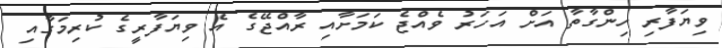
ވިޔަފާރި ހިންގާތާ އަށް އަހަރު ވެއްޖެ ކަމަށާއި ރާއްޖޭގެ އެ ވިޔަފާރީގެ ކުރިމަގާއި